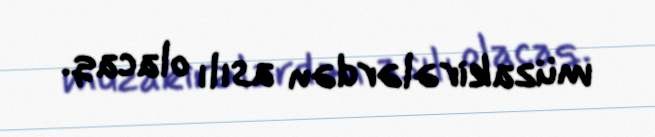
müzakirələrdən asılı olacaq.